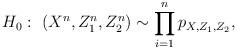
LaTeX: \begin{align*}H_0: \ (X^{n},Z^{n}_{1},Z^{n}_{2}) \sim \prod_{i=1}^{n}p_{X,Z_1,Z_2},\end{align*}